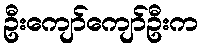
ဦးကျော်ကျော်ဦးက